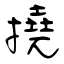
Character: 撓